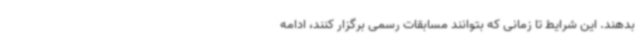
بدهند. این شرایط تا زمانی که بتوانند مسابقات رسمی برگزار کنند، ادامه